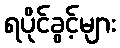
ရပိုင်ခွင့်များ